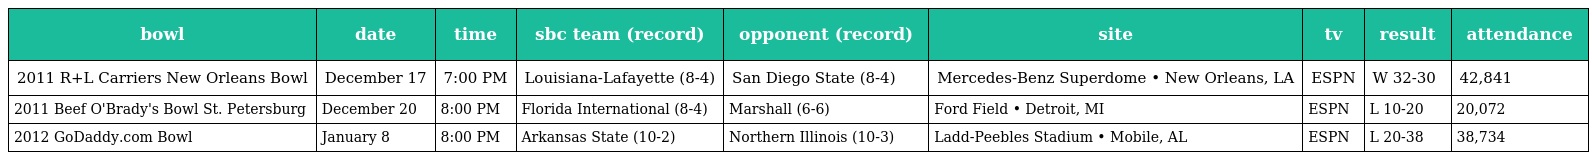
| bowl | date | time | sbc team (record) | opponent (record) | site | tv | result | attendance |
 | --- | --- | --- | --- | --- | --- | --- | --- | --- |
 | 2011 R+L Carriers New Orleans Bowl | December 17 | 7:00 PM | Louisiana-Lafayette (8-4) | San Diego State (8-4) | Mercedes-Benz Superdome • New Orleans, LA | ESPN | W 32-30 | 42,841 |
 | 2011 Beef O'Brady's Bowl St. Petersburg | December 20 | 8:00 PM | Florida International (8-4) | Marshall (6-6) | Ford Field • Detroit, MI | ESPN | L 10-20 | 20,072 |
 | 2012 GoDaddy.com Bowl | January 8 | 8:00 PM | Arkansas State (10-2) | Northern Illinois (10-3) | Ladd-Peebles Stadium • Mobile, AL | ESPN | L 20-38 | 38,734 |